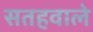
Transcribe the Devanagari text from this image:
सतहवाले